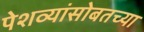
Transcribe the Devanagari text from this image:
पेशव्यांसोबतच्या